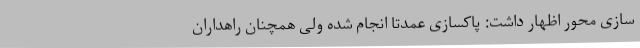
سازی محور اظهار داشت: پاکسازی عمدتاً انجام شده ولی همچنان راهداران